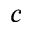
c